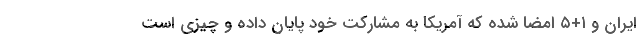
ایران و ۱+۵ امضا شده که آمریکا به مشارکت خود پایان داده و چیزی است